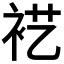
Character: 𰳵